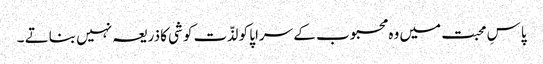
پاسِ محبت میں وہ محبوب کے سراپا کو لذّت کوشی کا ذریعہ نہیں بناتے ۔